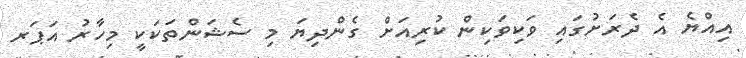
އިއްޔެ އެ ދެރަށުގައި ވަކިވަކިން ކުރިއަށް ގެންދިޔަ މި ސެޝަންތަކަކީ މިހާރު އަޕަރ